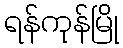
ရန်ကုန်မြို